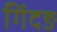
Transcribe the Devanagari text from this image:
गिंदङ